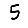
Digit: 5